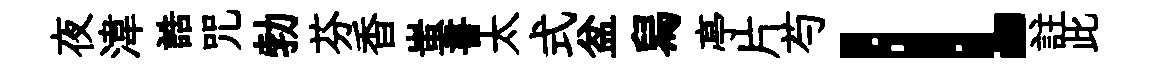
夜湋誥咒勃芬香蚩書太式盆舄亭片芍l註此